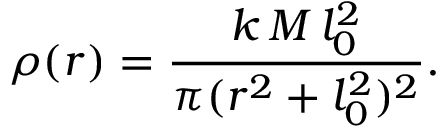
\rho ( r ) = \frac { k \, M \, l _ { 0 } ^ { 2 } } { \pi ( r ^ { 2 } + l _ { 0 } ^ { 2 } ) ^ { 2 } } .